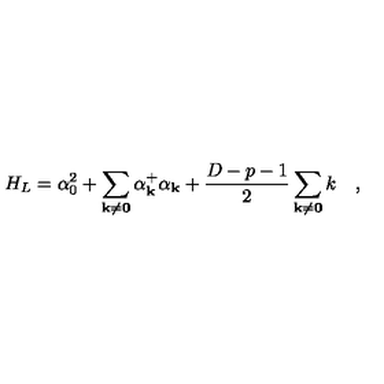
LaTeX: H _ { L } = \alpha _ { 0 } ^ { 2 } + \sum _ { \bf { k \neq 0 } } \alpha _ { \bf k } ^ { + } \alpha _ { \bf k } + \frac { D - p - 1 } { 2 } \sum _ { \bf { k \neq 0 } } k \quad ,